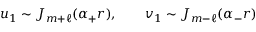
u _ { 1 } \sim J _ { m + \ell } ( \alpha _ { + } r ) , \qquad v _ { 1 } \sim J _ { m - \ell } ( \alpha _ { - } r )